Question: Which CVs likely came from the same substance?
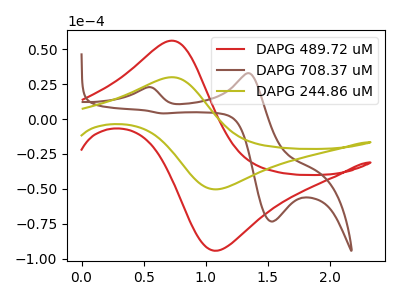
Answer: <think>The red curve "DAPG 489.72 uM" has an anodic peak at (0.75V, 56.10uA) and a cathodic peak at (1.10V, -94.20uA). The brown curve "DAPG 708.37 uM" has anodic peaks at (0.55V, 22.70uA) (1.35V, 32.85uA) and cathodic peaks at (1.55V, -73.40uA) (0.65V, 4.05uA). The olive curve "DAPG 244.86 uM" has an anodic peak at (0.75V, 29.95uA) and a cathodic peak at (1.10V, -50.30uA).
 "DAPG 489.72 uM" and "DAPG 708.37 uM" have a different number of peaks. All the peaks in "DAPG 489.72 uM" have a peak in "DAPG 244.86 uM" at the same potential. Every peak in "DAPG 489.72 uM" is higher than every peak in "DAPG 244.86 uM". "DAPG 708.37 uM" and "DAPG 244.86 uM" have a different number of peaks.</think>
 <answer>"DAPG 489.72 uM" and "DAPG 244.86 uM" have the same shape and are likely CV's of the same chemical.</answer>
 <eval>"DAPG 489.72 uM" "DAPG 244.86 uM"</eval>